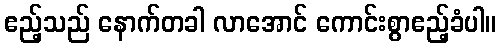
ဧည့်သည် နောက်တခါ လာအောင် ကောင်းစွာဧည့်ခံပါ။